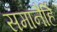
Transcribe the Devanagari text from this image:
समानैर्हि